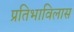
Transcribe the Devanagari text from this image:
प्रतिभाविलास